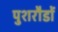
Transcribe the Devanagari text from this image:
पुशरौडों